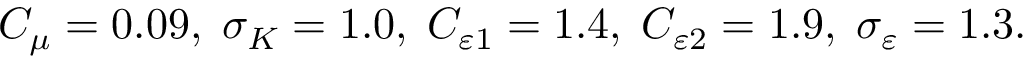
C _ { \mu } = 0 . 0 9 , \; \sigma _ { K } = 1 . 0 , \; C _ { \varepsilon 1 } = 1 . 4 , \; C _ { \varepsilon 2 } = 1 . 9 , \; \sigma _ { \varepsilon } = 1 . 3 .